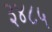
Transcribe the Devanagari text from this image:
३४८५